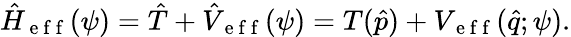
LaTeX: \hat{H}_{\mathrm{~e~f~f~}}(\psi)=\hat{T}+\hat{V}_{\mathrm{~e~f~f~}}(\psi)=T(\hat{p})+V_{\mathrm{~e~f~f~}}(\hat{q};\psi).